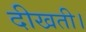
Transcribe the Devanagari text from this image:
दीखती।